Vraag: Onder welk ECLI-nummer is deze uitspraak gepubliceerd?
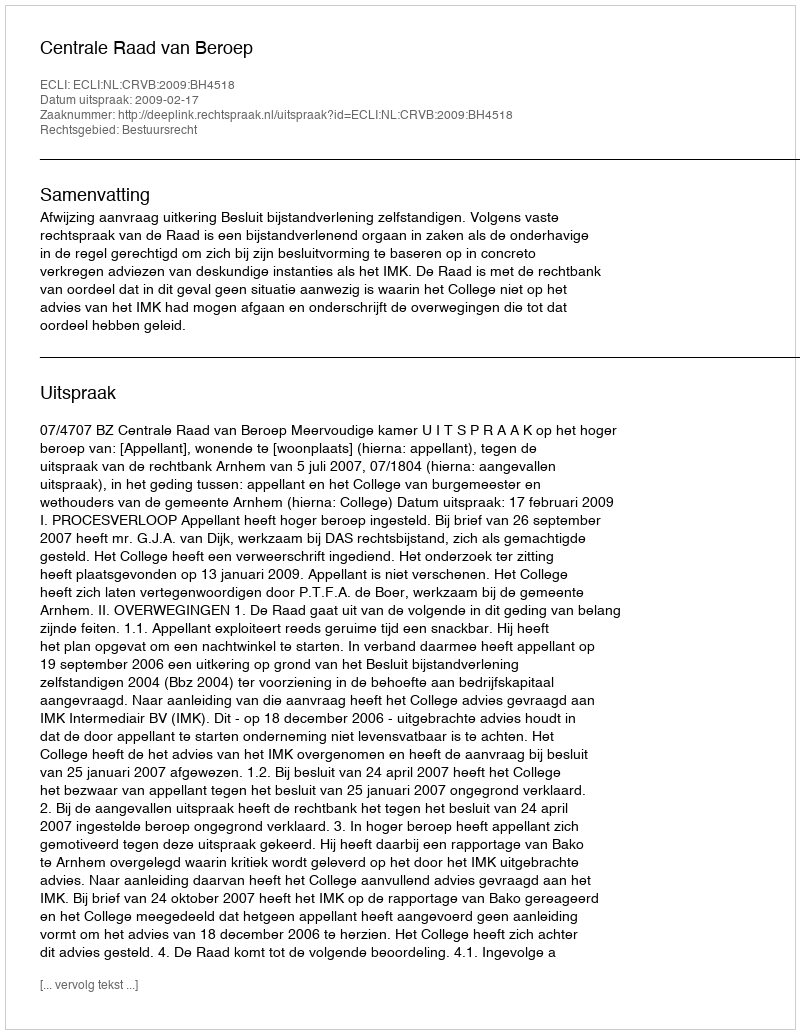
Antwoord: ECLI:NL:CRVB:2009:BH4518